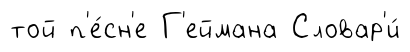
той п'е́сн'е Г'еймана Словар'и́